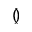
\between